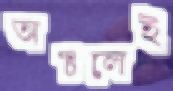
অঞ্চলেই